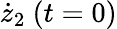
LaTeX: \dot{z}_{2}~(t=0)